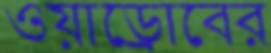
ওয়াড্রোবের